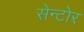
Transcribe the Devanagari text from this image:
सेन्टोर